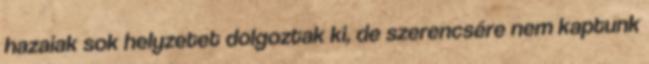
hazaiak sok helyzetet dolgoztak ki, de szerencsére nem kaptunk